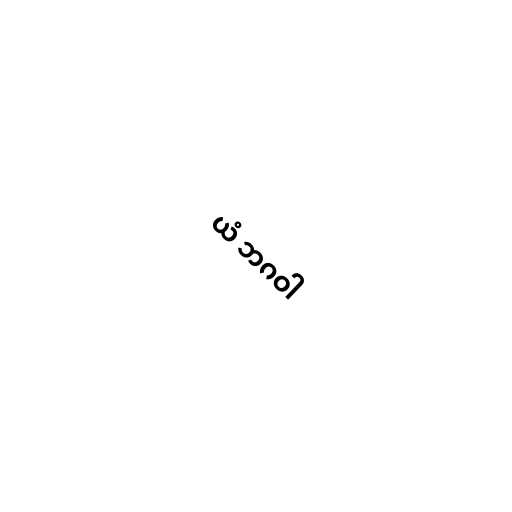
ယံ ဘဂဝါ